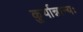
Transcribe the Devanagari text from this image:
कुर्यान्नान्यः